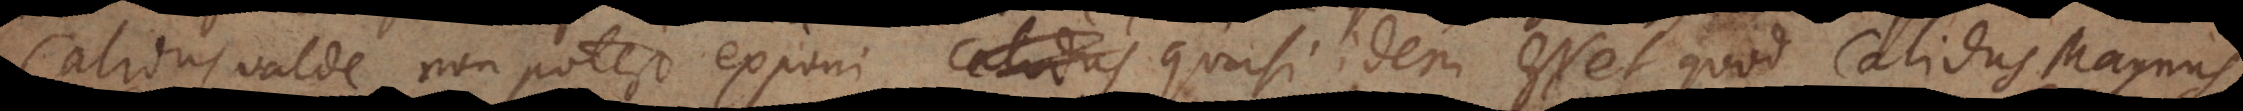
Calidus valde non potest exponi calidus quasi idem esset quod calidus magnus